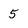
Character: 5